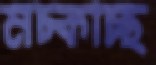
মচ্‌কাচ্ছ